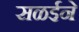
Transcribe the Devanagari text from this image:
सळईने